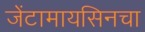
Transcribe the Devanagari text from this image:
जेंटामायसिनचा